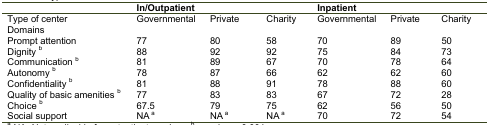
<table><thead><tr><td></td><td colspan="3"><b>In/Outpatient</b></td><td colspan="3"><b>Inpatient</b></td></tr></thead><tbody><tr><td>Type of center</td><td>Governmental</td><td>Private</td><td>Charity</td><td>Governmental</td><td>Private</td><td>Charity</td></tr><tr><td>Domains</td><td></td><td></td><td></td><td></td><td></td><td></td></tr><tr><td>Prompt attention</td><td>77</td><td>80</td><td>58</td><td>70</td><td>89</td><td>50</td></tr><tr><td>Dignity b</td><td>88</td><td>92</td><td>92</td><td>75</td><td>84</td><td>73</td></tr><tr><td>Communication b</td><td>81</td><td>89</td><td>67</td><td>70</td><td>78</td><td>64</td></tr><tr><td>Autonomy b</td><td>78</td><td>87</td><td>66</td><td>62</td><td>62</td><td>60</td></tr><tr><td>Confidentiality b</td><td>81</td><td>88</td><td>91</td><td>78</td><td>88</td><td>60</td></tr><tr><td>Quality of basic amenities b</td><td>77</td><td>83</td><td>83</td><td>67</td><td>72</td><td>28</td></tr><tr><td>Choice b</td><td>67.5</td><td>79</td><td>75</td><td>62</td><td>56</td><td>50</td></tr><tr><td>Social support</td><td>NAa</td><td>NA</td><td>NA</td><td>70</td><td>72</td><td>54</td></tr></tbody></table>